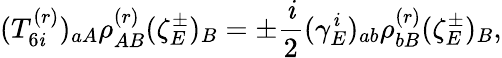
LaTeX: (T_{6\mathit{i}}^{(r)})_{aA}\rho_{AB}^{(r)}(\zeta_{E}^{\pm})_{B}=\pm\frac{{\mathit{i}}}{{2}}(\gamma_{E}^{\mathit{i}})_{ab}\rho_{bB}^{(r)}(\zeta_{E}^{\pm})_{B},